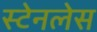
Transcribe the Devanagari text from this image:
स्‍टेनलेस